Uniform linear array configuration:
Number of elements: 8
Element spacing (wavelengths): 0.75
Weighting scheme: hamming
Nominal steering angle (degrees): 15
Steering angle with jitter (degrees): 15.369
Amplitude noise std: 0.05
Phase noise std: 0.05

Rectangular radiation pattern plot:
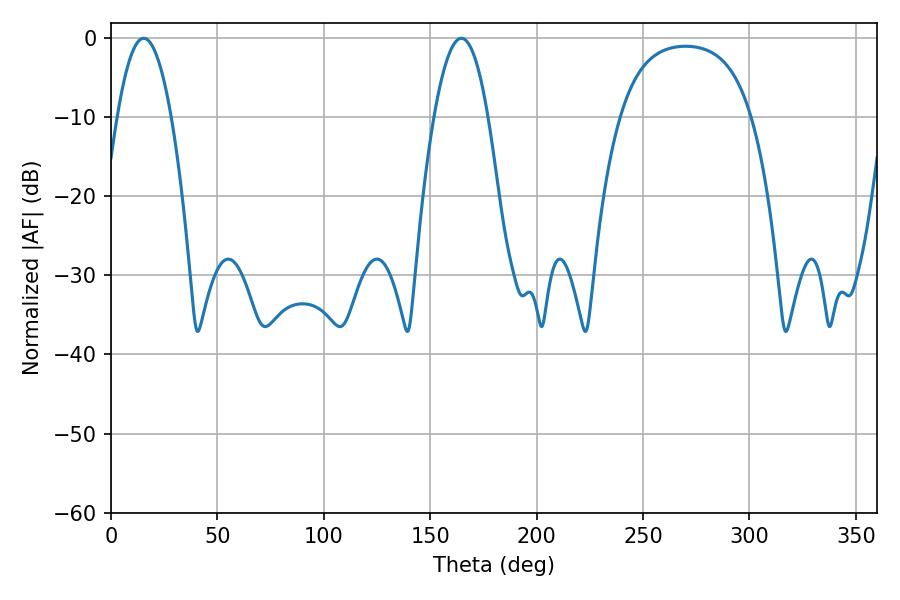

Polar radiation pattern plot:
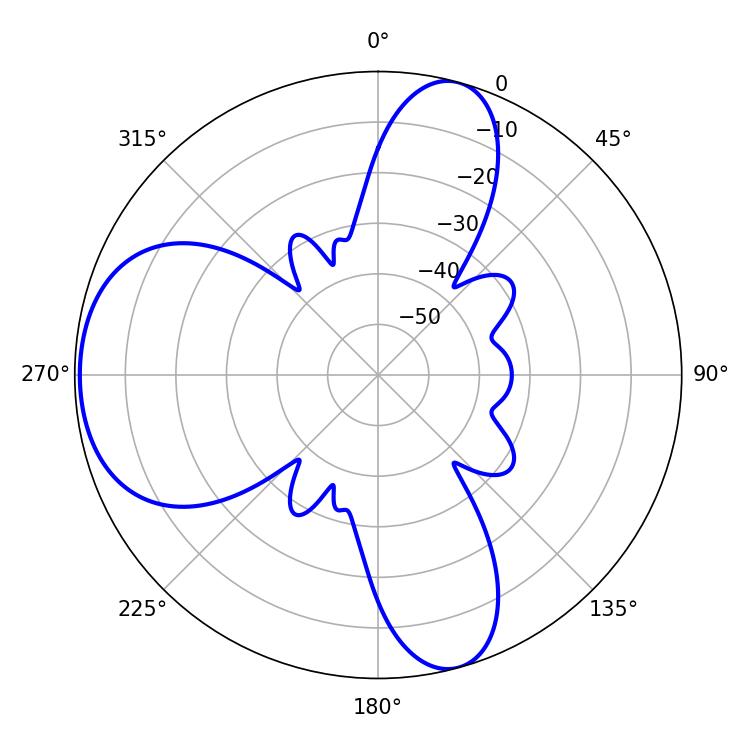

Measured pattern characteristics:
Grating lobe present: TRUE
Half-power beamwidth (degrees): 13.86
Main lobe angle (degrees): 15.3